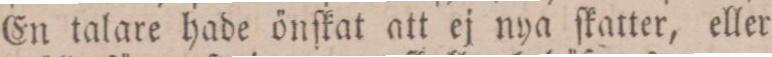
En talare hade önſkat att ej nya ſkatter, eller